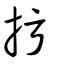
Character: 扝